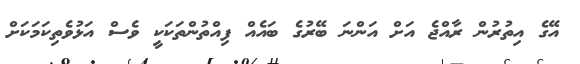
އޭގެ އިތުުރުން ރާއްޖެ އަށް އަންނަ ބޭރުގެ ބައެއް ފިއްތުންތަކަކީ ވެސް އަޅުވެތިކަމަކަށް